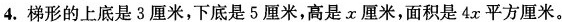
4.梯形的上底是3厘米，下底是5厘米，高是x厘米，面积是4x平方厘米。